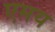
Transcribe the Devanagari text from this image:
एमय